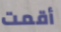
أقمت